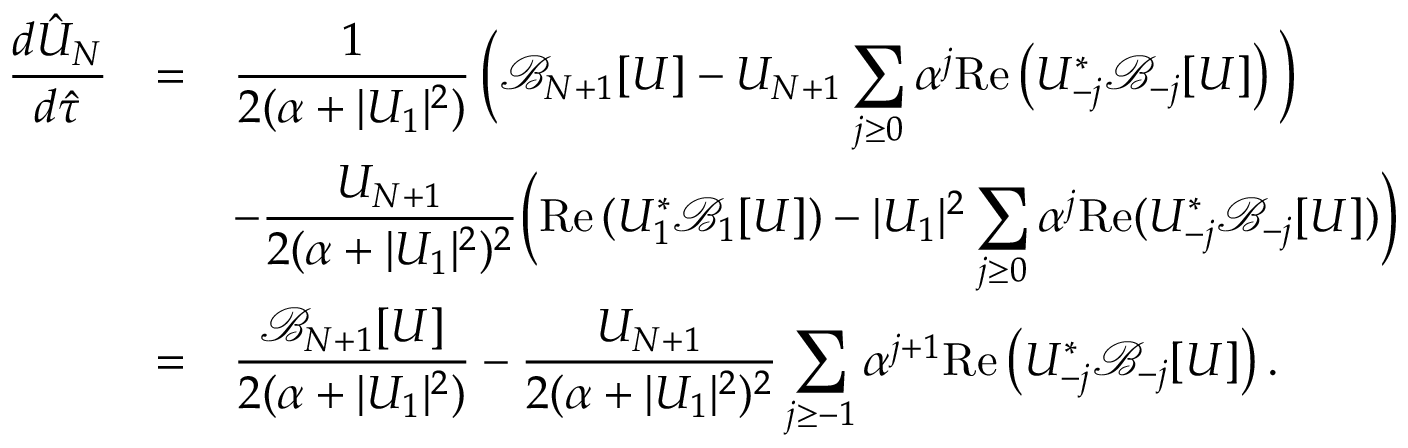
\begin{array} { r c l } { \displaystyle \frac { d \hat { U } _ { N } } { d \hat { \tau } } } & { = } & { \displaystyle \frac { 1 } { 2 ( \alpha + | U _ { 1 } | ^ { 2 } ) } \, \bigg ( \mathcal { B } _ { N + 1 } [ U ] - U _ { N + 1 } \sum _ { j \ge 0 } \alpha ^ { j } \mathrm { R e } \left( U _ { - j } ^ { * } \mathcal { B } _ { - j } [ U ] \right) \bigg ) } \\ & & { \displaystyle - \frac { U _ { N + 1 } } { 2 ( \alpha + | U _ { 1 } | ^ { 2 } ) ^ { 2 } } \bigg ( \mathrm { R e } \, ( U _ { 1 } ^ { * } \mathcal { B } _ { 1 } [ U ] ) - | U _ { 1 } | ^ { 2 } \sum _ { j \ge 0 } \alpha ^ { j } \mathrm { R e } ( U _ { - j } ^ { * } \mathcal { B } _ { - j } [ U ] ) \bigg ) } \\ & { = } & { \displaystyle \frac { \mathcal { B } _ { N + 1 } [ U ] } { 2 ( \alpha + | U _ { 1 } | ^ { 2 } ) } - \frac { U _ { N + 1 } } { 2 ( \alpha + | U _ { 1 } | ^ { 2 } ) ^ { 2 } } \sum _ { j \ge - 1 } \alpha ^ { j + 1 } \mathrm { R e } \left( U _ { - j } ^ { * } \mathcal { B } _ { - j } [ U ] \right) . } \end{array}